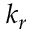
k _ { r }